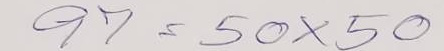
97 = 50 x 50